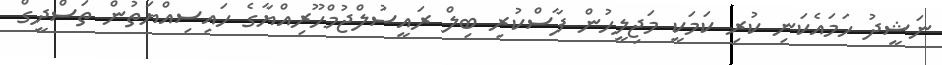
ނަޝީދު ހަމައެކަނި ކުރި ކަމަކީ މަޖިލީހުން ފާސްކުރި ބިލް ރައީސުލްޖުމްހޫރިއްޔާގެ ހައިސިއްޔަތުން ތަސްދީގް